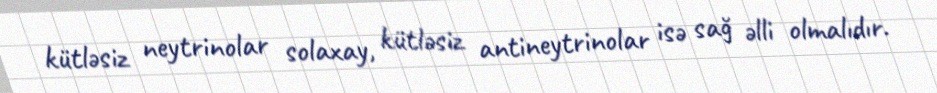
kütləsiz neytrinolar solaxay, kütləsiz antineytrinolar isə sağ əlli olmalıdır.